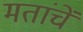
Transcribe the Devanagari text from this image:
मतांचें